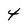
Character: 4